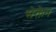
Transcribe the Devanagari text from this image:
सेक्तेन